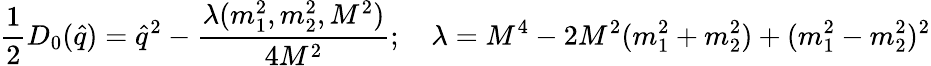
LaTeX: {\frac{1}{2}}D_{0}({\hat{q}})={\hat{q}}^{2}-{\frac{\lambda(m_{1}^{2},m_{2}^{2},M^{2})}{4M^{2}}};\quad\lambda=M^{4}-2M^{2}(m_{1}^{2}+m_{2}^{2})+(m_{1}^{2}-m_{2}^{2})^{2}